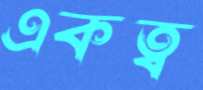
একত্ব